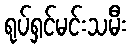
ရုပ်ရှင်မင်းသမီး